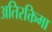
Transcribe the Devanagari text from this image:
अतिरक्तिमा